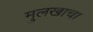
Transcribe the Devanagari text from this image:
मुलखाचा